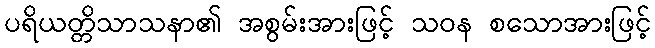
ပရိယတ္တိသာသနာ၏ အစွမ်းအားဖြင့် သဝန စသောအားဖြင့်